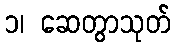
၁၊ ဆေတွာသုတ်